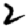
Digit: 2